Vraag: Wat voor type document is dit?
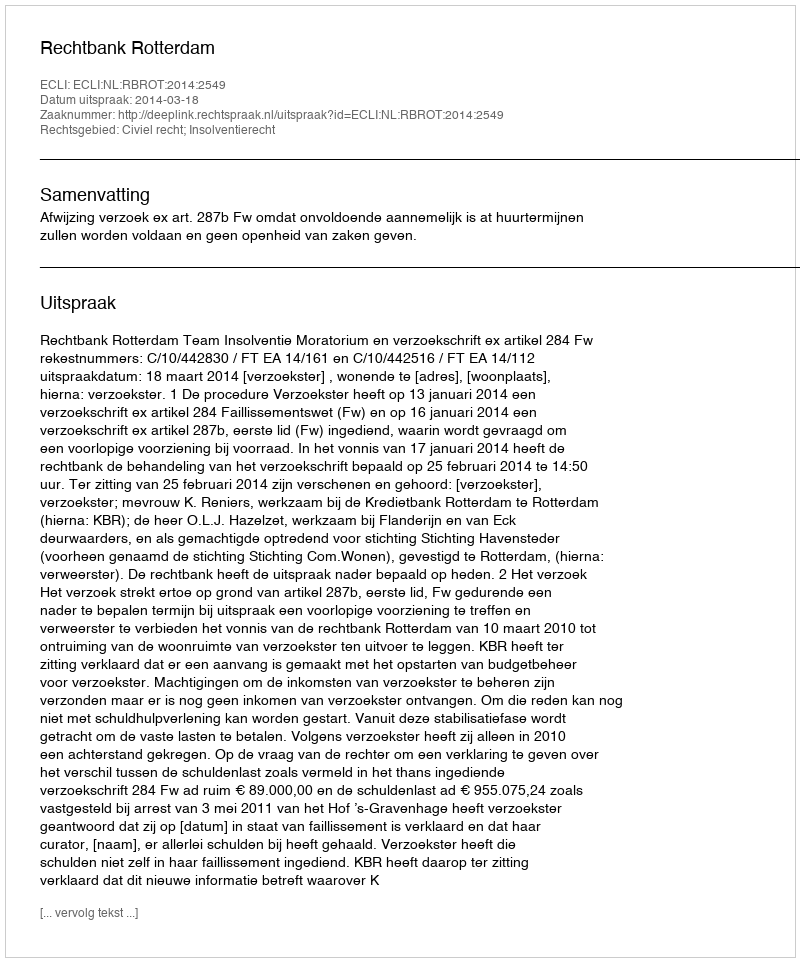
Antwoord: Uitspraak